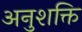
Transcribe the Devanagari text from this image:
अनुशक्ति